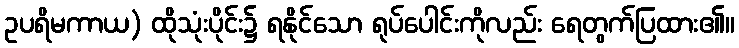
ဥပရိမကာယ) ထိုသုံးပိုင်း၌ ရနိုင်သော ရုပ်ပေါင်းကိုလည်း ရေတွက်ပြထား၏။